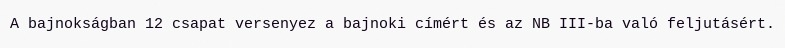
A bajnokságban 12 csapat versenyez a bajnoki címért és az NB III-ba való feljutásért.